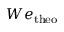
W e _ { \mathrm { t h e o } }